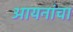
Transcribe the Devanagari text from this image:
आयनांचा